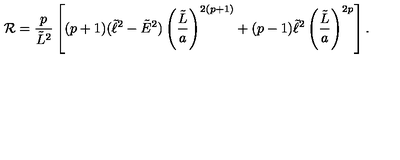
{ \cal R } = { \frac { p } { \tilde { L } ^ { 2 } } } \left[ ( p + 1 ) ( \tilde { \ell } ^ { 2 } - \tilde { E } ^ { 2 } ) \left( { \frac { \tilde { L } } { a } } \right) ^ { 2 ( p + 1 ) } + ( p - 1 ) \tilde { \ell } ^ { 2 } \left( { \frac { \tilde { L } } { a } } \right) ^ { 2 p } \right] .